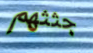
جثثهم